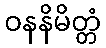
ဝနနိမိတ္တံ